Scottish Certificate of Education, 1963
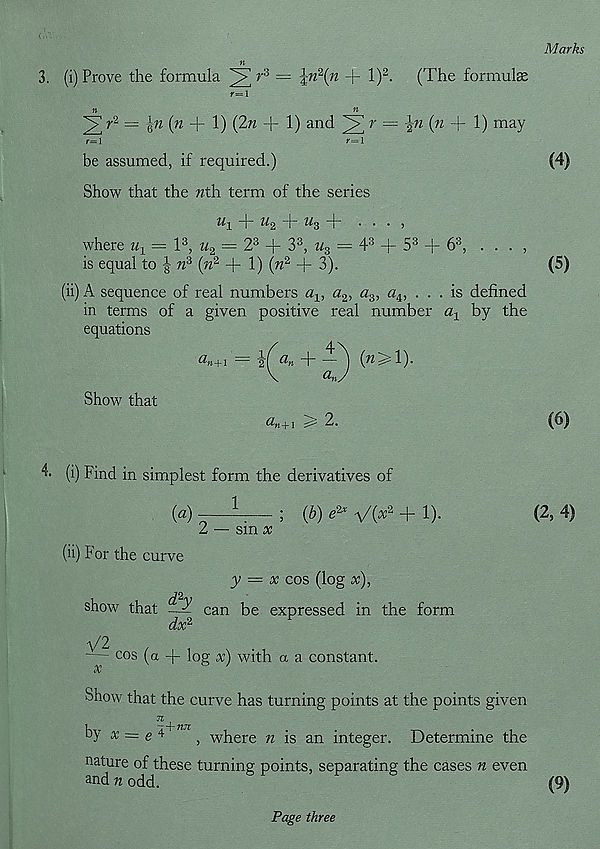
Marks
3.
n
(i) Prove the formula
r 3 =
+ l) 2 -
(The formula
r=\
2r 2 = \n {n + 1) (2n + 1) and
= \n (n + 1) may
r=l
c=l
be assumed, if required.)
Show that the nth. term of the series
(4)
zq
M 2 T Mg + ■ ■ • 5
where u 1 — l 3 , m 2 = 2 3 + 3 3 , u z = 4 3 + 5 3 + 6 3 , . . . ,
is equal to | n 3 (m 2 + 1) (n 2 + 3).
(ii) A sequence of real numbers a v a 2 , a s , a iy . . . is defined
in terms of a given positive real number % by the
equations
a n+ i = ifa„ +
(m>1).
V
«»/
Show that
a n+l > 2.
(5)
(6)
4* (0 Find in simplest form the derivatives of
1
(a)
sin x
; (b) e 2x VO* 2 + !)•
(2,4)
(ii) For the curve
show that
can be expressed in the form
dx 2
y = x cos (log x),
V2 cos (a + log x) with a a constant.
Show that the curve has turning points at the points given
~+nn
by * = e 4 '
, where n is an integer. Determine the
nature of these turning points, separating the cases n even
and n odd.
^
(9)
Page three